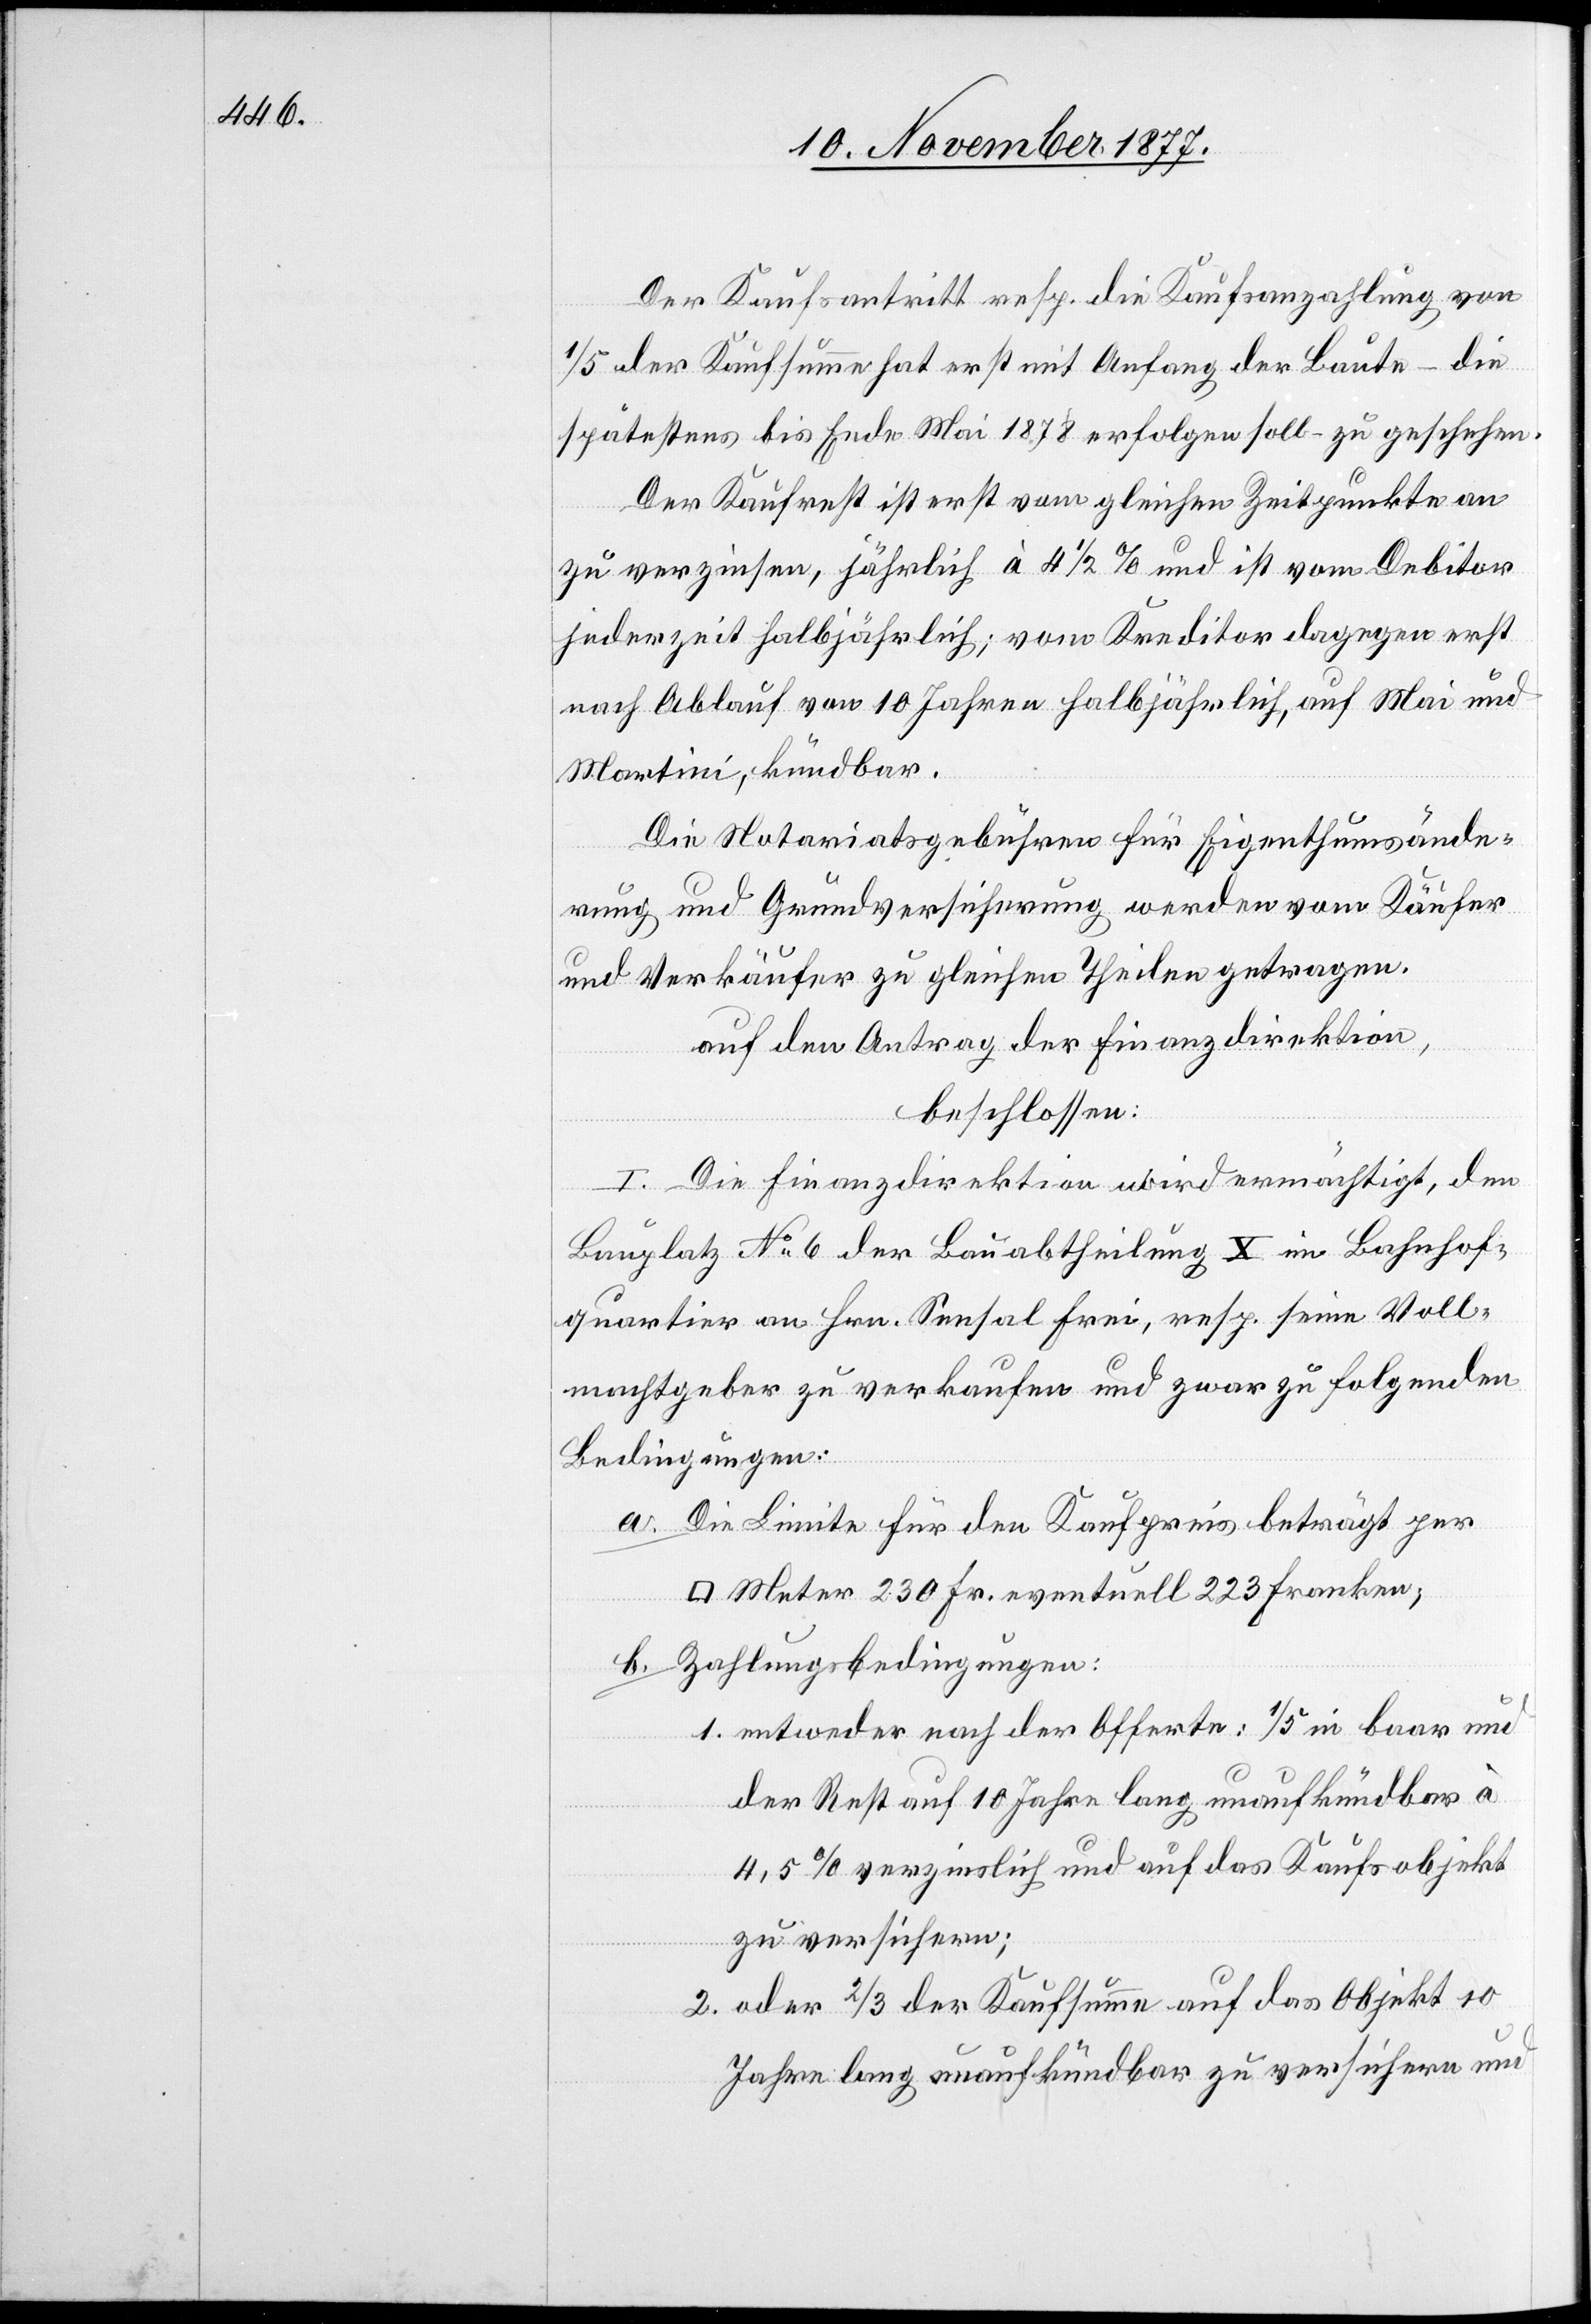
Der Kaufsantritt resp. die Kaufsanzahlung von
2.
1/5 der Kaufsumme hat erst mit Anfang der Baute – die
spätestens bis Ende Mai 1878 erfolgen soll – zu geschehen.
Der Kaufrest ist erst vom gleichen Zeitpunkte an
zu verzinsen, jährlich à 4 1/2 % und ist vom Debitor
jederzeit halbjährlich; vom Kreditor dagegen erst
nach Ablauf von 10 Jahren halbjährlich, auf Mai und
Martini, kündbar.
Die Notariatsgebühren für Eigenthumsände¬
rung und Grundversicherung werden vom Käufer
und Verkäufer zu gleichen Theilen getragen.
auf den Antrag der Finanzdirektion,
beschlossen:
I. Die Finanzdirektion wird ermächtigt, den
Bauplatz No 6 der Bauabtheilung X im Bahnhof¬
quartier an Hrn. Sensal Frei, resp. seine Voll¬
machtgeber zu verkaufen und zwar zu folgenden
Bedingungen:
Die Limite für den Kaufpreis beträgt per
Meter 230 Fr. eventuell 223 Franken;
Zahlungsbedingungen:
entweder nach der Offerte: 1/5 in baar und
der Rest auf 10 Jahre lang unaufkündbar à
4,5% verzinslich und auf das Kaufsobjekt
zu versichern;
oder 2/3 der Kaufsumme auf das Objekt 10
Jahre lang unaufkündbar zu versichern und